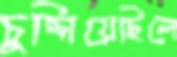
চুপ্‌সিয়েছিলে